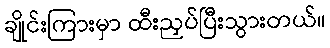
ချိုင်းကြားမှာ ထီးညှပ်ပြီးသွားတယ်။